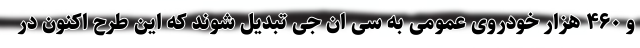
و ۴۶۰ هزار خودروی عمومی به سی ان جی تبدیل شوند که این طرح اکنون در